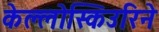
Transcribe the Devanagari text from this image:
केल्लोस्किउरिने